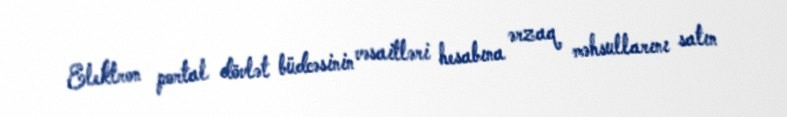
Elektron portal dövlət büdcəsinin vəsaitləri hesabına ərzaq məhsullarını satın